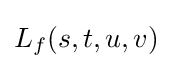
{\textstyle L_{f}(s,t,u,v)}